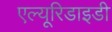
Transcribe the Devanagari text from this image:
एल्यूरिडाइडी